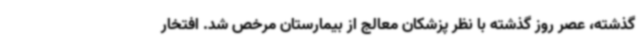
گذشته، عصر روز گذشته با نظر پزشکان معالج از بیمارستان مرخص شد. افتخار